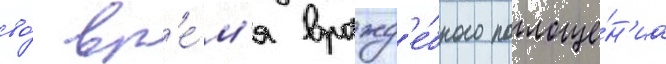
во́ вр'е́м'я вражд'е́бного поглоще́н'иа